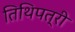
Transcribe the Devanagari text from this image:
तिथिपत्री